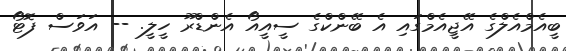
ބީއެމްއެލްގެ އޭޖީއެމްގައި އެ ބޭންކްގެ ސީއީއޯ އެންޑްރޫ ހީލީ. -- އަވަސް ފޮޓޯ